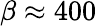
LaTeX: \beta\approx 400